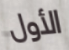
الأول